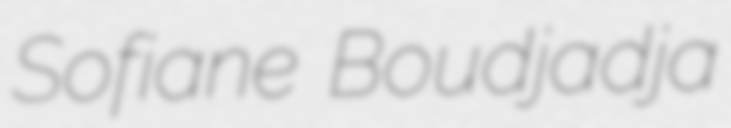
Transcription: Sofiane Boudjadja